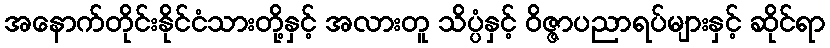
အနောက်တိုင်းနိုင်ငံသားတို့နှင့် အလားတူ သိပ္ပံနှင့် ဝိဇ္ဇာပညာရပ်များနှင့် ဆိုင်ရာ